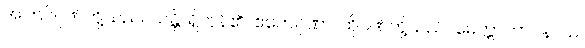
အကြင်ဂုဏ်တို့သည်။ သန္တိ၊ ရှိကုန်၏။ ဧတေဂုဏာ၊ ထိုဂုဏ်တို့သည်။ မေတ္တာဘာဝနာယ၊